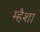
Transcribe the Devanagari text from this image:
म्हैशा